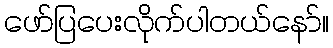
ဖော်ပြပေးလိုက်ပါတယ်နော်။